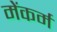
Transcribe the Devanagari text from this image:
मेंकर्म